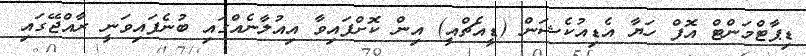
ޑިޕާޓްމަންޓް އޮފް ހަޔާ އެޑިއުކެޝަން (ޑީއެޗްއީ) އިން ކޮށްފައިވާ އިއުލާނެއްގައި ބުނެފައިވަނީ ރާއްޖޭގައި